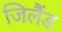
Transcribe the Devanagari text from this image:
जिलैंड